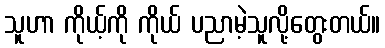
သူဟာ ကိုယ့်ကို ကိုယ် ပညာမဲ့သူလို့တွေးတယ်။